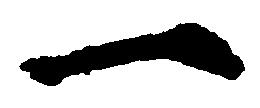
一